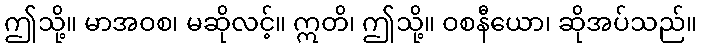
ဤသို့။ မာအဝစ၊ မဆိုလင့်။ ဣတိ၊ ဤသို့။ ဝစနီယော၊ ဆိုအပ်သည်။